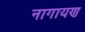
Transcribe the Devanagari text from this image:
नागायण